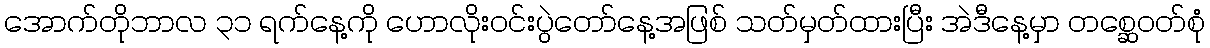
အောက်တိုဘာလ ၃၁ ရက်နေ့ကို ဟောလိုးဝင်းပွဲတော်နေ့အဖြစ် သတ်မှတ်ထားပြီး အဲဒီနေ့မှာ တစ္ဆေဝတ်စုံ